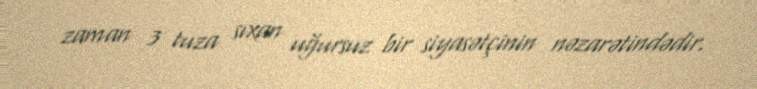
zaman 3 tuza sıxan uğursuz bir siyasətçinin nəzarətindədir.